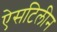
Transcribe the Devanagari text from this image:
ऐसटिलीन